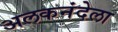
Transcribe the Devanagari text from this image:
अलकनंदेला